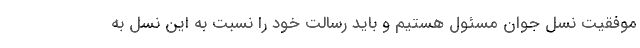
موفقیت نسل جوان مسئول هستیم و باید رسالت خود را نسبت به این نسل به